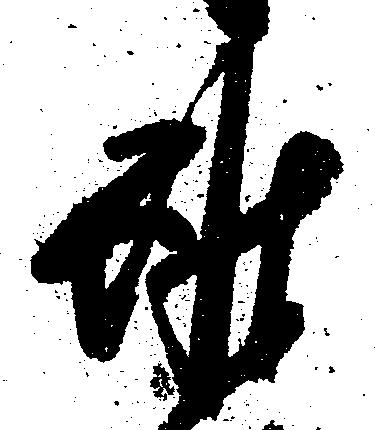
雖